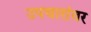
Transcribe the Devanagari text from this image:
उपचारांवर